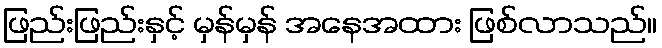
ဖြည်းဖြည်းနှင့် မှန်မှန် အနေအထား ဖြစ်လာသည်။